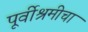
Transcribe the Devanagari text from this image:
पूर्वीश्रमीचा